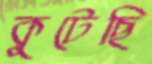
কুটেছি